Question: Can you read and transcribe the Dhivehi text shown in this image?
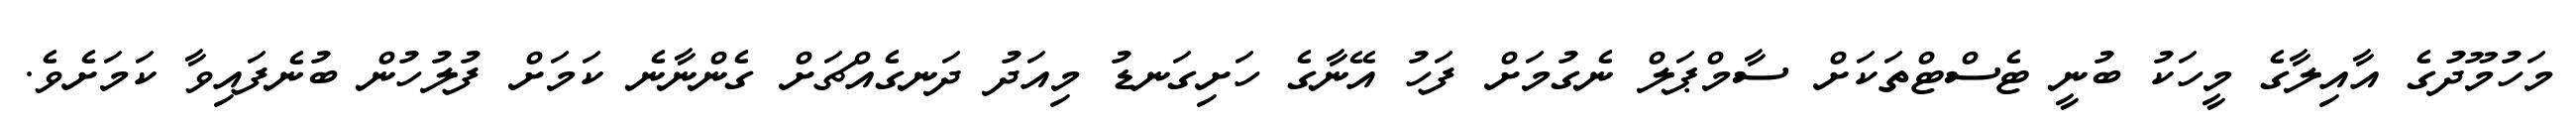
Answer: މަހުމޫދުގެ އާއިލާގެ މީހަކު ބުނީ ޓެސްޓްތަކަށް ސާމްޕަލް ނެގުމަށް ފަހު އޭނާގެ ހަށިގަނޑު މިއަދު ދަނގެއްޗަށް ގެންނާނެ ކަމަށް ފުލުހުން ބުނެފައިވާ ކަމަށެވެ.